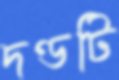
দণ্ডটি